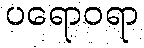
ပရောဝရာ